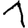
Digit: 1